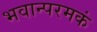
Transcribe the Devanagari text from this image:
भवान्परमकं